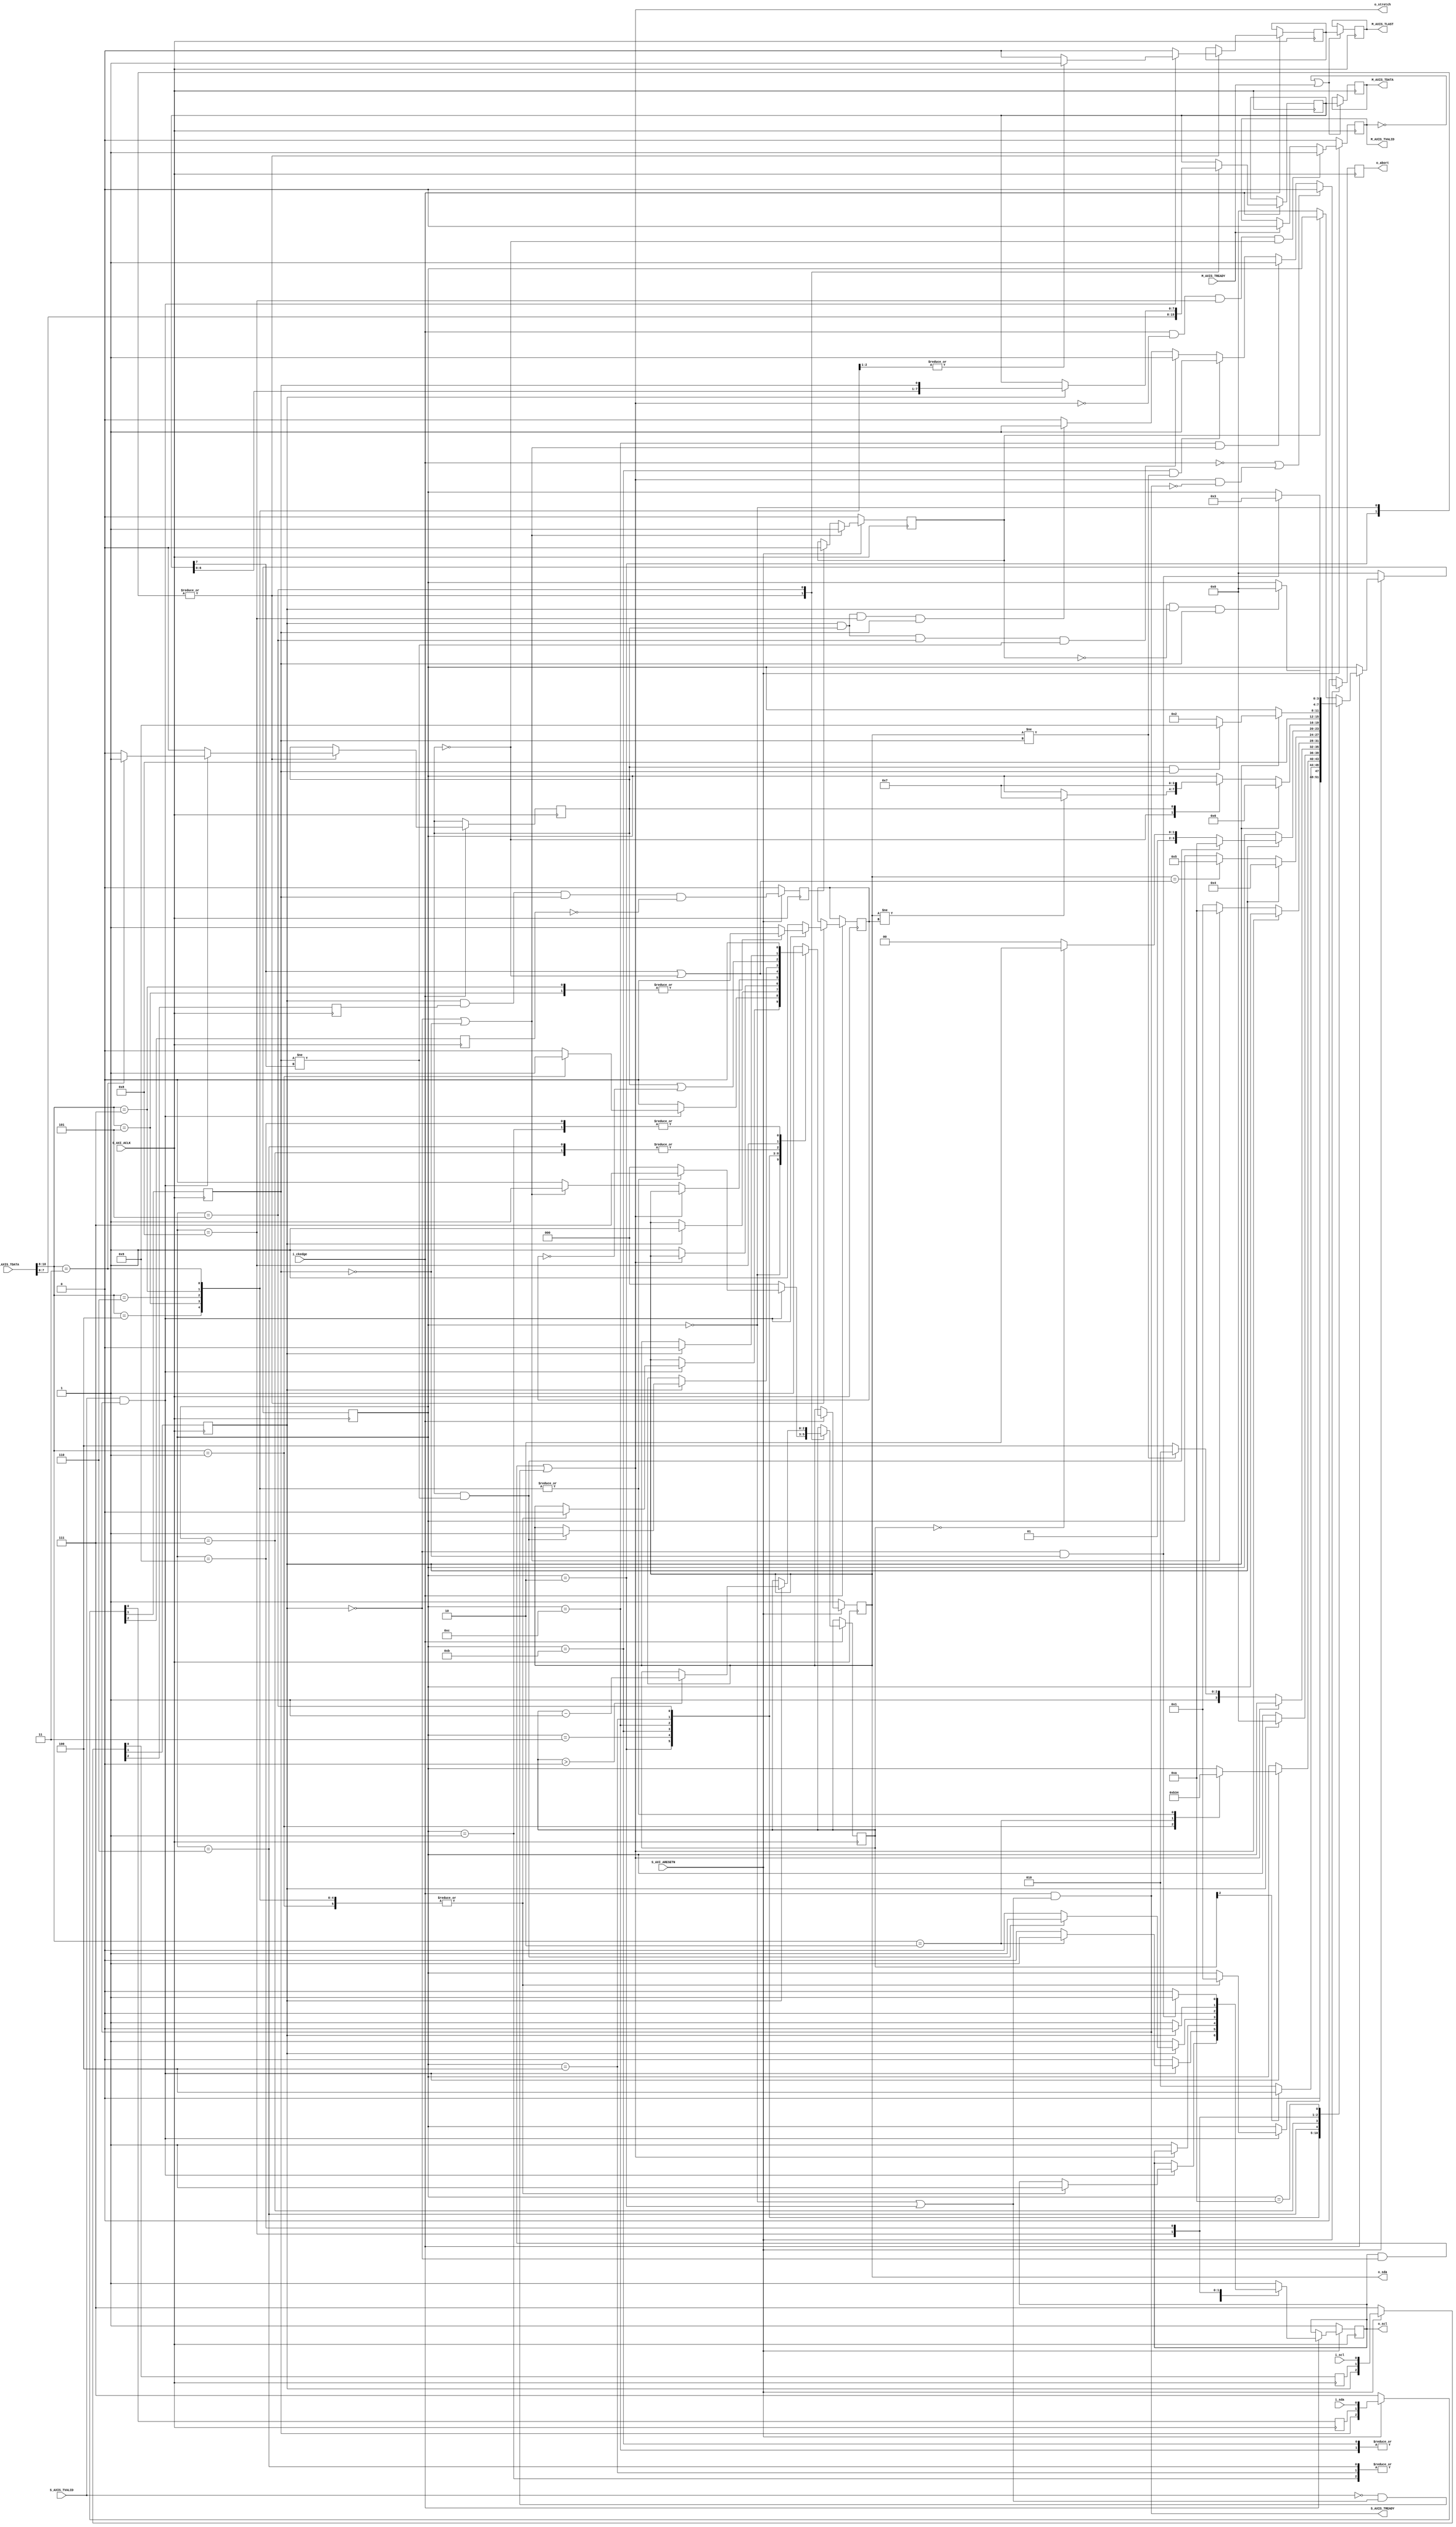
////////////////////////////////////////////////////////////////////////////////
//
// {{{
// Project:	WBI2C ... a set of (Wishbone controlled) I2C controller(s)
//
// Purpose:	This is a lower level I2C driver for a master I2C byte-wise
//		interface.  It accepts commands via AXI-Stream, and reports
//	results via AXI Stream.
//
// Commands:
// {{{
//	3'h0,8'hxx	NOP
//	3'h1,8'hxx	START
//	3'h2,8'hxx	STOP	(Ignored if we are already busy)
//	3'h3,8'hdata	SEND
//	3'h4,8'hxx	RXK
//	3'h5,8'hxx	RXN
//	3'h6,8'hxx	RXLK
//	3'h7,8'hxx	RXLN
//	(4'h8)		WAIT	(for external interrupt.  Handled externally)
//	(4'h9)		HALT
//	(4'ha)		ABORT	(Return here following an unexpected NAK)
//	(4'hb)		TARGET	(Return here on any jump)
//	(4'hc)		JUMP	(Useful for repeats, handled externally)
//	(4'hd)		CHANNEL	(Sets the outgoing AXI stream channel ID)
// }}}
//
// Creator:	Dan Gisselquist, Ph.D.
//		Gisselquist Technology, LLC
//
////////////////////////////////////////////////////////////////////////////////
// }}}
// Copyright (C) 2021-2024, Gisselquist Technology, LLC
// {{{
// This program is free software (firmware): you can redistribute it and/or
// modify it under the terms of  the GNU General Public License as published
// by the Free Software Foundation, either version 3 of the License, or (at
// your option) any later version.
//
// This program is distributed in the hope that it will be useful, but WITHOUT
// ANY WARRANTY; without even the implied warranty of MERCHANTIBILITY or
// FITNESS FOR A PARTICULAR PURPOSE.  See the GNU General Public License
// for more details.
//
// You should have received a copy of the GNU General Public License along
// with this program.  (It's in the $(ROOT)/doc directory.  Run make with no
// target there if the PDF file isn't present.)  If not, see
// <http://www.gnu.org/licenses/> for a copy.
// }}}
// License:	GPL, v3, as defined and found on www.gnu.org,
// {{{
//		http://www.gnu.org/licenses/gpl.html
//
////////////////////////////////////////////////////////////////////////////////
//
`default_nettype	none
// }}}
module axisi2c #(
		parameter	OPT_WATCHDOG = 0,
		parameter [0:0]	OPT_LOWPOWER = 1'b0
	) (
		// {{{
		input	wire	S_AXI_ACLK, S_AXI_ARESETN,
		//
		// Incoming instruction stream
		// {{{
		input	wire	S_AXIS_TVALID,
		output	wire	S_AXIS_TREADY,
		input	wire	[8+3-1:0]	S_AXIS_TDATA,
		// input wire			S_AXIS_TLAST, (unused)
		// }}}
		// Outgoing received data stream
		// {{{
		output	reg		M_AXIS_TVALID,
		input	wire		M_AXIS_TREADY,
		output	reg	[8-1:0]	M_AXIS_TDATA,
		output	reg		M_AXIS_TLAST,
		// }}}
		//
		input	wire	i_ckedge,
		output	wire	o_stretch,
		input	wire	i_scl, i_sda,
		output	reg	o_scl, o_sda,	// 1 = tristate, 0 = ground

		output	reg	o_abort
		// }}}
	);

	// Local declarations
	// {{{

	// Parameter, enumerations, and state declarations
	// {{{
	localparam [3:0]	IDLE_STOPPED  = 4'h0,
				START		= 4'h1,
				IDLE_ACTIVE   = 4'h2,
				STOP	= 4'h3,
				DATA	= 4'h4,
				CLOCK	= 4'h5,
				ACK	= 4'h6,
				CKACKLO	= 4'h7,
				CKACKHI	= 4'h8,
				RXNAK	= 4'h9,
				ABORT	= 4'ha,
				REPEAT_START = 4'hb,
				REPEAT_START2= 4'hc;
				// INIT  = 4'hd;	// Wait for SDA && SCL?

	localparam	D_RD = 1'b0, D_WR = 1'b1;

	localparam	[2:0]	CMD_NOOP	= 3'h0,
				CMD_START	= 3'h1,
				CMD_STOP	= 3'h2,
				CMD_SEND	= 3'h3,
				CMD_RXK		= 3'h4,
				CMD_RXN		= 3'h5,
				CMD_RXLK	= 3'h6,
				CMD_RXLN	= 3'h7;

	localparam [0:0]	OPT_ABORT_REQUEST = 1'b0;
	// }}}

	reg		last_byte, dir, will_ack; reg	[3:0]	state;
	reg	[2:0]	nbits;
	reg	[7:0]	sreg;

	reg		q_scl, q_sda, ck_scl, ck_sda, lst_scl, lst_sda;
	reg		stop_bit, channel_busy;
	wire		watchdog_timeout;
	// }}}
	////////////////////////////////////////////////////////////////////////
	//
	// Synchronize the asynchronous inputs
	// {{{
	////////////////////////////////////////////////////////////////////////
	//
	//

	initial	{ lst_scl, ck_scl, q_scl } = 3'b111;
	initial	{ lst_sda, ck_sda, q_sda } = 3'b111;

`ifndef	FORMAL
	always @(posedge S_AXI_ACLK)
	if (!S_AXI_ARESETN)
	begin
		{ lst_scl, ck_scl, q_scl } <= 3'b111;
		{ lst_sda, ck_sda, q_sda } <= 3'b111;
	end else begin
		{ lst_scl, ck_scl, q_scl } <= { ck_scl, q_scl, i_scl };
		{ lst_sda, ck_sda, q_sda } <= { ck_sda, q_sda, i_sda };
	end
`else
	always @(posedge S_AXI_ACLK)
	if (!S_AXI_ARESETN)
	begin
		lst_scl <= 1'b1;
		lst_sda <= 1'b1;
	end else begin
		lst_scl <= ck_scl;
		lst_sda <= ck_sda;
	end

	always @(*)
		{ ck_scl, q_scl } = {(2){i_scl}};
	always @(*)
		{ ck_sda, q_sda } = {(2){i_sda}};
`endif
	// }}}
	////////////////////////////////////////////////////////////////////////
	//
	// Channel busy, and watchdog
	// {{{
	////////////////////////////////////////////////////////////////////////
	//
	//

	initial	stop_bit  = 1'b0;
	initial	channel_busy = 1'b0;
	always @(posedge S_AXI_ACLK)
	if (!S_AXI_ARESETN)
	begin
		stop_bit     <= 1'b0;
		channel_busy <= 1'b0;
	end else begin
		stop_bit  <= (ck_scl)&&(lst_scl)&&( ck_sda)&&(!lst_sda);

		if (!ck_scl || !ck_sda)
			channel_busy <= 1'b1;
		else if (stop_bit)
			channel_busy <= 1'b0;
	end

	generate if (OPT_WATCHDOG > 0)
	begin : GEN_WATCHDOG
		// {{{
		reg	[OPT_WATCHDOG:0]	r_watchdog_counter;
		reg				r_watchdog_timeout;

		initial	r_watchdog_counter = 0;
		initial	r_watchdog_timeout = 0;
		always @(posedge S_AXI_ACLK)
		if (!S_AXI_ARESETN)
		begin
			r_watchdog_counter <= 0;
			r_watchdog_timeout <= 0;
		end else begin
			if (!channel_busy)
				r_watchdog_counter <= 0;
			else if (!r_watchdog_counter[OPT_WATCHDOG])
				r_watchdog_counter <= r_watchdog_counter + 1'b1;

			r_watchdog_timeout <= r_watchdog_counter[OPT_WATCHDOG];
		end

		assign	watchdog_timeout = r_watchdog_timeout;
		// }}}
	end else begin : NO_WATCHDOG
		assign	watchdog_timeout = 1'b0;
	end endgenerate
	// }}}
	////////////////////////////////////////////////////////////////////////
	//
	// Master state machine
	// {{{
	////////////////////////////////////////////////////////////////////////
	//
	//

	initial	state  = IDLE_STOPPED;
	initial	nbits  = 3'h0;
	initial	sreg   = 8'hff;
	initial	o_scl  = 1'b1;
	initial	o_sda  = 1'b1;
	always @(posedge S_AXI_ACLK)
	begin
		if (i_ckedge) case(state)
		IDLE_STOPPED: begin
			// {{{
			nbits <= 0;
			will_ack  <= 1'b1;
			last_byte <= 1'b0;

			sreg <= (OPT_LOWPOWER) ? 8'h0 : S_AXIS_TDATA[7:0];
			dir  <= D_RD;
			if (S_AXIS_TVALID && S_AXIS_TREADY)
			begin
				// NOTE: We aren't detecting collisions here.
				// Perhaps we should be, but we can't force
				// the driver to seize if something is wrong.
				// Hence, if i_ckedge is true, S_AXIS_TREADY
				// must also be true.
				case(S_AXIS_TDATA[10:8])
				CMD_NOOP:  begin end
				CMD_START: begin
					// {{{
					o_sda <= 1'b0;
					o_scl <= 1'b1;
					state <= START;
					end
					// }}}
				CMD_STOP:  begin
					// {{{
					// We are already stopped.  Therefore
					// do nothing.
					end
					// }}}
				CMD_RXK:   begin
					// {{{
					o_sda <= 1'b0;
					o_scl <= 1'b1;
					state <= START;

					nbits <= 3'h7;
					end
					// }}}
				CMD_RXN:   begin
					// {{{
					will_ack <= 1'b0;
					nbits <= 3'h7;

					o_sda <= 1'b0;
					o_scl <= 1'b1;
					state <= START;
					end
					// }}}
				CMD_RXLK:  begin
					// {{{
					o_sda <= 1'b0;
					o_scl <= 1'b1;
					state <= START;

					last_byte <= 1'b1;
					nbits <= 3'h7;
					end
					// }}}
				CMD_RXLN:  begin
					// {{{
					o_sda <= 1'b0;
					o_scl <= 1'b1;
					state <= START;

					last_byte <= 1'b1;
					will_ack <= 1'b0;
					nbits <= 3'h7;
					end
					// }}}
				CMD_SEND:  begin
					// {{{
					o_sda <= 1'b0;
					o_scl <= 1'b1;
					state <= START;

					dir   <= D_WR;
					nbits <= 3'h7;
					sreg  <= S_AXIS_TDATA[7:0];
					end
					// }}}
				endcase

				if (OPT_ABORT_REQUEST && (!ck_scl || !ck_sda || channel_busy))
				begin
					state <= ABORT;
					nbits <= 0;
					{ o_scl, o_sda } <= 2'b11;
				end
			end end
			// }}}
		START: begin
			// {{{
			if (nbits[2])
				state <= DATA;
			else
				state <= IDLE_ACTIVE;
			o_scl <= 1'b0;
			o_sda <= 1'b0;
			end
			// }}}
		IDLE_ACTIVE: begin
			// {{{
			nbits <= 0;
			will_ack  <= 1'b1;
			last_byte <= 1'b0;

			sreg <= (OPT_LOWPOWER) ? 8'h0 : S_AXIS_TDATA[7:0];
			dir  <= D_RD;
			o_sda <= 1'b0;
			o_scl <= 1'b0;
			if (S_AXIS_TVALID && S_AXIS_TREADY)
			begin
				case(S_AXIS_TDATA[10:8])
				CMD_NOOP:  begin end
				CMD_START: begin
					// {{{
					o_scl <= 1'b0;
					o_sda <= 1'b1;
					state <= REPEAT_START;
					end
					// }}}
				CMD_STOP:  begin
					// {{{
					o_scl <= 1'b1;
					o_sda <= 1'b0;
					state <= STOP;
					end
					// }}}
				CMD_RXK:   begin
					// {{{
					nbits <= 3'h7;
					o_sda <= 1'b0;
					o_scl <= 1'b0;
					state <= DATA;
					end
					// }}}
				CMD_RXN:   begin
					// {{{
					will_ack <= 1'b0;
					nbits <= 3'h7;

					o_sda <= 1'b0;
					o_scl <= 1'b0;
					state <= DATA;
					end
					// }}}
				CMD_RXLK:  begin
					// {{{
					last_byte <= 1'b1;
					nbits <= 3'h7;
					o_sda <= 1'b0;
					o_scl <= 1'b0;
					state <= DATA;
					end
					// }}}
				CMD_RXLN:  begin
					// {{{
					last_byte <= 1'b1;
					will_ack <= 1'b0;
					nbits <= 3'h7;
					o_sda <= 1'b0;
					o_scl <= 1'b0;
					state <= DATA;
					end
					// }}}
				CMD_SEND:  begin
					// {{{
					dir   <= D_WR;
					nbits <= 3'h7;
					o_sda <= 1'b0;
					o_scl <= 1'b0;
					state <= DATA;
					sreg  <= S_AXIS_TDATA[7:0];
					end
					// }}}
				endcase
			end end
			// }}}
		STOP: begin
			// {{{
			o_scl <= 1'b1;
			if (ck_scl) begin
				// o_scl == 1 on entry
				// o_sda == 0
				state <= IDLE_STOPPED;
				o_sda <= 1'b1;
			end end
			// }}}
		REPEAT_START: if (!o_stretch) begin
			// {{{
				// SDA && !SCL on entry
				o_scl <= 1'b1;
				o_sda <= 1'b1;
				state <= REPEAT_START2;

				if (o_sda != ck_sda)
				begin
					{ o_scl, o_sda } <= 2'b11;
					state <= ABORT;
				end
			end
			// }}}
		REPEAT_START2: if (!o_stretch) begin
			// {{{
				// SDA && SCL on entry
				o_scl <= 1'b1;
				o_sda <= 1'b0;
				state <= START;

				if (!ck_sda || !ck_scl)
				begin
					{ o_scl, o_sda } <= 2'b11;
					state <= ABORT;
				end
			end
			// }}}
		//
		DATA: begin
			// {{{
			o_scl <= 1'b0;
			o_sda <= sreg[7] || (dir == D_RD);
			if (o_sda == (sreg[7] || (dir == D_RD)))
				state <= CLOCK;

			if (ck_scl)
				state <= DATA;
			end
			// }}}
		CLOCK: begin
			// {{{
			if (ck_scl)
			begin
				o_scl <= 1'b0;
				sreg  <= { sreg[6:0], ck_sda };
				if (nbits > 0)
					nbits <= nbits - 1;

				if (dir == D_WR && ck_sda != sreg[7])
				begin
					state <= ABORT;
					{ o_scl, o_sda } <= 2'b11;
				end else if (nbits == 0)
					state <= ACK;
				else
					state <= DATA;
			end else
				o_scl <= 1'b1;
			end
			// }}}
		ACK: begin
			// {{{
			o_scl <= 1'b0;
			o_sda <= (dir == D_WR) || !will_ack;

			// Clock stretch
			if (!ck_scl) case(dir)
			D_RD: if (o_sda != will_ack)
				state <= CKACKLO;
			D_WR: state <= CKACKLO;
			endcase

			if (ck_scl)
				state <= ACK;
			end
			// }}}
		CKACKLO: begin
			// {{{
			// !o_scl on entry
			o_scl <= 1'b1;
			o_sda <= (dir == D_WR) || !will_ack;
			state <= CKACKHI;
			end
			// }}}
		CKACKHI: begin
			// {{{
			o_scl <= 1'b1;
			if (ck_scl) // Check for clock stretching
			begin
				o_scl <= 1'b0;
				o_sda <= 1'b0;

				if (dir == D_WR && ck_sda)
					state <= RXNAK;
				else
					state <= IDLE_ACTIVE;
			end end
			// }}}
		RXNAK: begin
			// {{{
			// We received a NAK.  Protocol failure!
			// Send a STOP bit and return to idle
			o_scl <= 1'b0;
			o_sda <= 1'b0;
			if (!ck_scl && !ck_sda)
			begin
				o_scl <= 1'b1;
				state <= STOP;
			end end
			// }}}
		ABORT: begin
			// {{{
			// COLLISION!!!
			o_scl <= 1'b1;
			o_sda <= 1'b1;
			if (!channel_busy && ck_scl && ck_sda)
				state <= IDLE_STOPPED;
			else if (watchdog_timeout)
			begin
				o_scl <= 1'b1;
				o_sda <= 1'b0;
				state <= STOP;
			end end
			// }}}
		default: begin
			// {{{
			o_scl <= 1'b1;
			o_sda <= 1'b1;
			if (!channel_busy)
				state <= IDLE_STOPPED;
			else if (watchdog_timeout)
			begin
				o_sda <= 1'b0;
				state <= STOP;
			end end
			// }}}
		endcase

		if (!S_AXI_ARESETN)
		begin
			o_scl <= 1'b1;
			o_sda <= 1'b1;
			state <= IDLE_STOPPED;
		end
	end

	assign	S_AXIS_TREADY = i_ckedge && (state == IDLE_STOPPED
				|| state == IDLE_ACTIVE);

	// o_abort
	// {{{
	initial	o_abort = 1'b0;
	always @(posedge S_AXI_ACLK)
	if (!S_AXI_ARESETN)
		o_abort <= 1'b0;
	else if (!i_ckedge || (o_stretch && !S_AXIS_TREADY))
		o_abort <= 1'b0;
	else begin
		o_abort <= 1'b0;

		// RXNAK
		if (ck_scl && dir == D_WR && state == CKACKHI && ck_sda)
			o_abort <= 1'b1;

		// COLLISION ABORT!!
		if (ck_scl && dir == D_WR && state == CLOCK && ck_sda != sreg[7])
			o_abort <= 1;

		// COLLISION ABORT ON REQUEST!!
		if (state == REPEAT_START && (o_sda != ck_sda))
			o_abort <= 1;
		if (state == REPEAT_START2 && (!ck_scl || !ck_sda))
			o_abort <= 1;

		if (OPT_ABORT_REQUEST && state == IDLE_STOPPED
			&& (!ck_scl || !ck_sda || channel_busy)&& S_AXIS_TVALID)
			o_abort <= 1;
	end
	// }}}

	// Stretch the idle clock, so we're always ready to accept once idle
	// is over.
	assign	o_stretch = (o_scl && !ck_scl)
		||(!S_AXIS_TVALID && (state == IDLE_STOPPED || state == IDLE_ACTIVE));
	// }}}
	////////////////////////////////////////////////////////////////////////
	//
	// Outgoing AXI Stream
	// {{{
	////////////////////////////////////////////////////////////////////////
	//
	//

	// M_AXIS_TVALID
	// {{{
	always @(posedge S_AXI_ACLK)
	if (!S_AXI_ARESETN)
		M_AXIS_TVALID <= 1'b0;
	else if (i_ckedge && !o_stretch && state == CKACKHI && dir == D_RD)
		M_AXIS_TVALID <= 1'b1;
	else if (M_AXIS_TREADY)
		M_AXIS_TVALID <= 1'b0;
	// }}}

	// M_AXIS_TDATA, M_AXIS_TLAST
	// {{{
	always @(posedge S_AXI_ACLK)
	if (OPT_LOWPOWER && !S_AXI_ARESETN)
	begin
		M_AXIS_TDATA <= 0;
		M_AXIS_TLAST <= 0;
	end else if (!M_AXIS_TVALID || M_AXIS_TREADY)
	begin
		M_AXIS_TDATA <= sreg;
		M_AXIS_TLAST <= last_byte;

		if (OPT_LOWPOWER && (!i_ckedge || o_stretch
				|| state != CKACKHI || dir != D_RD || ck_sda))
		begin
			M_AXIS_TDATA <= 0;
			M_AXIS_TLAST <= 0;
		end
	end
	// }}}

	// }}}
////////////////////////////////////////////////////////////////////////////////
////////////////////////////////////////////////////////////////////////////////
////////////////////////////////////////////////////////////////////////////////
//
// Formal properties
// {{{
////////////////////////////////////////////////////////////////////////////////
////////////////////////////////////////////////////////////////////////////////
////////////////////////////////////////////////////////////////////////////////
`ifdef	FORMAL
`ifdef	I2CCPU
`define	ASSUME	assert
`else
`define	ASSUME	assume
`endif
	// Local declarations
	// {{{
	reg	f_past_valid;

	initial	f_past_valid = 1'b0;
	always @(posedge S_AXI_ACLK)
		f_past_valid <= 1'b1;

	always @(*)
	if (!f_past_valid)
		`ASSUME(!S_AXI_ARESETN);
	// }}}
	////////////////////////////////////////////////////////////////////////
	//
	// Input properties
	// {{{
	////////////////////////////////////////////////////////////////////////
	//
	//

	always @(*) if (!f_past_valid) assume({ i_scl, i_sda } == 2'b11);
	always @(*) if (!o_scl) assume(!i_scl);
	always @(*) if (!o_sda) assume(!i_sda);

	always @(posedge S_AXI_ACLK)
	if (f_past_valid && $past(S_AXI_ARESETN && i_ckedge && o_stretch))
		`ASSUME(i_ckedge);

	always @(posedge S_AXI_ACLK)
	if (!S_AXI_ARESETN || !$past(S_AXI_ARESETN))
	begin
		if (S_AXI_ARESETN && !$past(S_AXI_ARESETN))
			`ASSUME(!i_ckedge);
	end else case({ lst_scl, ck_scl, q_scl, i_scl })
	4'b0000: begin end
	4'b0001: assume($past(i_ckedge && o_stretch) || !i_ckedge);
	4'b0011: assume($past(i_ckedge && o_stretch) || !i_ckedge);
	4'b0111: assume($past(i_ckedge && o_stretch) || !i_ckedge);
	4'b1111: begin end
	4'b1110: assume($past(i_ckedge && o_stretch) || !i_ckedge);
	4'b1100: assume($past(i_ckedge && o_stretch) || !i_ckedge);
	4'b1000: assume($past(i_ckedge && o_stretch) || !i_ckedge);
	default: assume(0);
	endcase

	always @(posedge S_AXI_ACLK)
	case({ lst_sda, ck_sda, q_sda, i_sda })
	4'b0000: begin end
	4'b0001: assume($past(i_ckedge && o_stretch) || !i_ckedge);
	4'b0011: assume($past(i_ckedge && o_stretch) || !i_ckedge);
	4'b0111: assume($past(i_ckedge && o_stretch) || !i_ckedge);
	4'b1111: begin end
	4'b1110: assume($past(i_ckedge && o_stretch) || !i_ckedge);
	4'b1100: assume($past(i_ckedge && o_stretch) || !i_ckedge);
	4'b1000: assume($past(i_ckedge && o_stretch) || !i_ckedge);
	default: assume(0);
	endcase

	// }}}
	////////////////////////////////////////////////////////////////////////
	//
	// Stream properties
	// {{{
	////////////////////////////////////////////////////////////////////////
	//
	//
	always @(posedge S_AXI_ACLK)
	if (!f_past_valid)
	begin
	end else if (!$past(S_AXI_ARESETN))
	begin
		`ASSUME(!S_AXIS_TVALID);

		assert(!M_AXIS_TVALID);

		if (OPT_LOWPOWER)
		begin
			assert(M_AXIS_TDATA == 0);
			assert(M_AXIS_TLAST == 0);
		end
	end else begin
		if ($past(o_abort))
			`ASSUME(!S_AXIS_TVALID);
		else if ($past(S_AXIS_TVALID && !S_AXIS_TREADY))
		begin
			`ASSUME(S_AXIS_TVALID);
			`ASSUME($stable(S_AXIS_TDATA));
		end

		if ($past(M_AXIS_TVALID && !M_AXIS_TREADY))
		begin
			assert(M_AXIS_TVALID);
			assert($stable(M_AXIS_TDATA));
			assert($stable(M_AXIS_TLAST));
		end

		if (OPT_LOWPOWER && !M_AXIS_TVALID)
		begin
			assert(M_AXIS_TDATA == 0);
			assert(M_AXIS_TLAST == 0);
		end
	end
	// }}}
	////////////////////////////////////////////////////////////////////////
	//
	// Internal consistency checks
	// {{{
	////////////////////////////////////////////////////////////////////////
	//
	//

	always @(*)
	if (S_AXI_ARESETN && (state != IDLE_STOPPED) && (state != IDLE_ACTIVE))
		assert(!S_AXIS_TREADY);

	always @(*)
	if (S_AXI_ARESETN) case(state)
	IDLE_STOPPED: begin
		// {{{
		assert(o_scl);
		assert(o_sda);
		end
		// }}}
	START: begin
		// {{{
		assert( o_scl);
		assert(!o_sda);
		assert(nbits == 7 || nbits == 0);
		end
		// }}}
	IDLE_ACTIVE: begin
		// {{{
		assert(!o_sda);
		assert(!o_scl);
		assert(nbits == 0);
		end
		// }}}
	STOP: begin
		// {{{
		// o_sda == 0
		// o_scl == 1 on entry
		assert( o_scl);
		assert(!o_sda);
		end
		// }}}
	REPEAT_START: begin
		// {{{
		assert(!o_scl);
		assert( o_sda);
		assert(nbits == 7 || nbits == 0);
		end
		// }}}
	REPEAT_START2: begin
		// {{{
		assert(o_sda && o_scl);
		assert(nbits == 7 || nbits == 0);
		end
		// }}}
	//
	DATA: begin
		// {{{
		assert(!o_scl);
		if (dir == D_RD)
			assert(o_sda || nbits == 7);
		end
		// }}}
	CLOCK: begin
		// {{{
		if (dir == D_RD)
			assert(o_sda);
		else
			assert(o_sda == sreg[7]);
		end
		// }}}
	ACK: begin
		// {{{
		assert(!o_scl);
		assert(nbits == 0);
		end
		// }}}
	CKACKLO: begin
		// {{{
		assert(!o_scl);
		assert(o_sda == ((dir == D_WR) || !will_ack));
		assert(nbits == 0);
		end
		// }}}
	CKACKHI: begin
		// {{{
		assert(o_scl);
		assert(o_sda == ((dir == D_WR) || !will_ack));
		assert(nbits == 0);
		end
		// }}}
	RXNAK: begin
		// {{{
		assert(!o_scl && !o_sda);
		assert(nbits == 0);
		end
		// }}}
	ABORT: begin
		// {{{
		// COLLISION!!!
		assert(o_scl);
		assert(o_sda);
		end
		// }}}
	default: begin
		// {{{
		assert(0);
		end
		// }}}
	endcase

	always @(posedge S_AXI_ACLK)
	if (S_AXI_ARESETN && $past(S_AXI_ARESETN) && $past(o_scl))
	begin
		if ($past(!ck_scl) && !$past(S_AXIS_TREADY)
			&& ($past(ck_sda == o_sda)))
		begin
			// HALT
			assert($stable(o_scl));
			if ($past(watchdog_timeout && state == ABORT && o_sda && i_ckedge))
			begin
				assert(state == STOP && !o_sda);
			end else begin
				assert($stable(state) || state == ABORT);
				assert($stable(o_sda));
			end
		end
	end

	always @(*)
	if (S_AXI_ARESETN && o_abort)
		assert(state == RXNAK || state == ABORT);

	always @(posedge S_AXI_ACLK)
	if (S_AXI_ARESETN && $past(S_AXI_ARESETN))
	begin
		if ($rose(state == ABORT))
		begin
			assert(o_abort);	// Collision
		end else if ($rose(state == RXNAK))
		begin
			assert(o_abort);	// Failed NAK
		end else
			assert(!o_abort);
	end
	// }}}
	////////////////////////////////////////////////////////////////////////
	//
	// Cover properties
	// {{{
	////////////////////////////////////////////////////////////////////////
	//
	//

	reg	[3:0]	cvr_state, cvr_send;
	(* anyconst *)	reg nvr_abort;

	always @(*)
	if (nvr_abort)
		assume(!o_abort && state != ABORT && state != RXNAK);

	// *LONG* Cover sequence
	// {{{
	always @(posedge S_AXI_ACLK)
	if (!S_AXI_ARESETN || state == ABORT || o_abort)
		cvr_state <= 0;
	else if (S_AXIS_TVALID && S_AXIS_TREADY)
	begin
		case(cvr_state)
		4'h0: cvr_state = (S_AXIS_TDATA[10:8] == CMD_START) ? 4'h1 : 0;
		4'h1: cvr_state = (S_AXIS_TDATA=={CMD_SEND, 8'h8a })? 4'h2 : 0;
		4'h2: cvr_state = (S_AXIS_TDATA=={CMD_SEND, 8'hd1 })? 4'h3 : 0;
		4'h3: cvr_state = (S_AXIS_TDATA[10:8] == CMD_START) ? 4'h4 : 0;
		4'h4: cvr_state = (S_AXIS_TDATA[10:8] == CMD_SEND)  ? 4'h5 : 0;
		4'h5: cvr_state = (S_AXIS_TDATA[10:8] == CMD_STOP)  ? 4'h6 : 0;
		endcase
	end

	always @(*)
	if (S_AXI_ARESETN && !o_abort)
	begin
		case(cvr_state)
		4'h0: begin
			cover(S_AXIS_TREADY);			// Step   1
			end
		4'h1: begin
			cover(S_AXIS_TREADY);			// Step   5
			assert(nbits == 0);
			end
		4'h2: begin
			// Measure 5-6 cycles per clock
			cover(S_AXIS_TREADY);			// Step  57
			end
		4'h3: begin
			// Measure 5-6 cycles per clock
			cover(S_AXIS_TREADY);			// Step 101
			end
		4'h4: begin
			cover(S_AXIS_TREADY && nvr_abort);	// Step 115
			end
		4'h5: cover(S_AXIS_TREADY);			// Step 161
		4'h6: cover(S_AXIS_TREADY);
		default: assert(0);
		endcase
	end
	// }}}

	// Read check
	// {{{
	always @(*)
	if (S_AXI_ARESETN && !o_abort)
	begin
		if (M_AXIS_TVALID && state == IDLE_STOPPED)
		begin
			cover( M_AXIS_TLAST && M_AXIS_TDATA == 8'h9f); // S 54
			cover(!M_AXIS_TLAST && M_AXIS_TDATA == 8'ha5); // S 54
		end
	end
	// }}}

	// cvr_send
	// {{{
	always @(posedge S_AXI_ACLK)
	if (!S_AXI_ARESETN || o_abort || state == ABORT)
		cvr_send <= 0;
	else case(cvr_send)
	4'h0: if (S_AXIS_TVALID && S_AXIS_TREADY
					&& S_AXIS_TDATA[10:8] == CMD_SEND)
		begin
			cvr_send <= 1;
		end else if (S_AXIS_TVALID && S_AXIS_TREADY
					&& S_AXIS_TDATA[10:8] == CMD_START)
		begin
			cvr_send <= 4'h8;
		end
	4'h1: if (state == DATA)
		begin
		cvr_send <= 2;
		end
	4'h2: if (state == IDLE_ACTIVE)
		begin
		cvr_send <= 3;
		end
	4'h3: if (state == IDLE_STOPPED)
		begin
		cvr_send <= 4'h4;
		end
	4'h8: if (state == IDLE_ACTIVE)
		begin
		cvr_send <= 4'h9;
		end
	4'h9: if (state == STOP)
		begin
			cvr_send <= 4'ha;
		end else if (state == REPEAT_START)
		begin
			cvr_send <= 4'hc;
		end
	4'ha: if (state == IDLE_STOPPED)
		begin
			cvr_send <= 4'hb;
		end
	4'hc: if (state == IDLE_STOPPED)
		begin
			cvr_send <= 4'hd;
		end
	default: begin end
	endcase

	always @(*)
	if (S_AXI_ARESETN)
	begin
		cover(cvr_send == 4'h1);	// Step  3
		cover(cvr_send == 4'h2);	// Step  5
		cover(cvr_send == 4'h3);	// Step 50
		cover(cvr_send == 4'h4);	// Step 54
		//
		cover(cvr_send == 4'h8);	// Step  3
		cover(cvr_send == 4'h9);	// Step  5
		cover(cvr_send == 4'ha);	// Step  7
		cover(cvr_send == 4'hb);	// Step  9

		cover(cvr_send == 4'hc);	// Step  7
		cover(cvr_send == 4'hd);	// Step 17
	end
	// }}}

	// }}}
	////////////////////////////////////////////////////////////////////////
	//
	// "Careless" assumptions
	// {{{
	////////////////////////////////////////////////////////////////////////
	//
	//

	// Assume no collisions
	// {{{
	always @(*)
	if ((dir == D_WR && state == CLOCK)||(dir == D_RD && state == CKACKHI))
		assume(i_sda == o_sda);
	else if (state == REPEAT_START || state == REPEAT_START2 || state == START)
		assume((i_scl == o_scl)&&(i_sda == o_sda));
	// }}}

	// No one else adjusts our clock
	// {{{
	always @(posedge S_AXI_ACLK)
	if ($past(o_scl && i_scl) && o_scl)
		assume(i_scl);
	// }}}

	// No bit adjustments mid clock cycle?  What about start & stop?
	// }}}
`endif
// }}}
endmodule